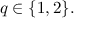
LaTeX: q \in \{ 1 , 2 \} .